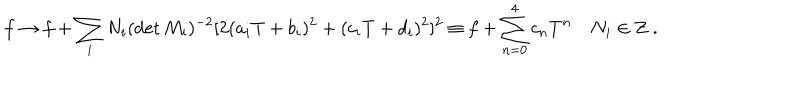
f \rightarrow f + \sum _ { i } N _ { i } ( \det M _ { i } ) ^ { - 2 } [ 2 ( a _ { i } T + b _ { i } ) ^ { 2 } + ( c _ { i } T + d _ { i } ) ^ { 2 } ] ^ { 2 } \equiv f + \sum _ { n = 0 } ^ { 4 } c _ { n } T ^ { n } \quad N _ { i } \in { \bf Z } \ .